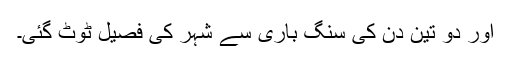
اور دو تین دن کی سنگ باری سے شہر کی فصیل ٹوٹ گئی۔